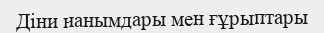
Діни нанымдары мен ғұрыптары